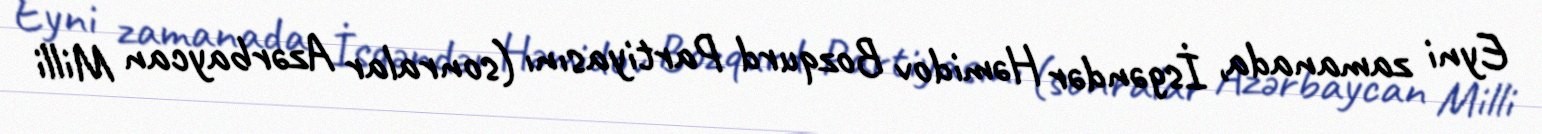
Eyni zamanada, İsgəndər Həmidov Bozqurd Partiyasını (sonralar Azərbaycan Milli